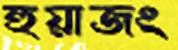
হুয়াজং